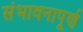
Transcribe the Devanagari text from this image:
संभावनापूर्ण